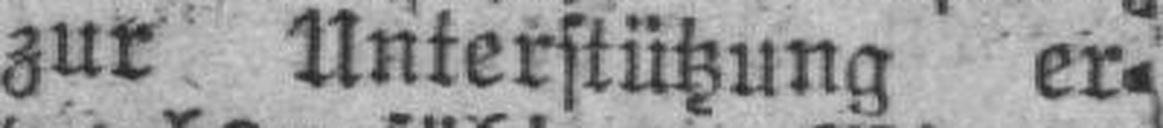
zur Unterstützung er¬